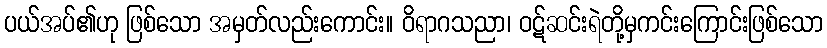
ပယ်အပ်၏ဟု ဖြစ်သော အမှတ်လည်းကောင်း။ ဝိရာဂသညာ၊ ဝဋ်ဆင်းရဲတို့မှကင်းကြောင်းဖြစ်သော